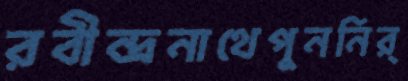
রবীন্দ্রনাথেপুননির্